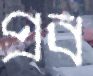
প্রব